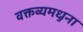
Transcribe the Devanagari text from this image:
वक्तव्यमधुना